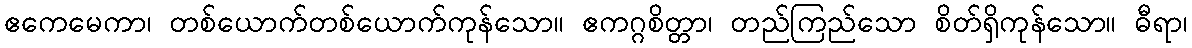
ဧကေမေကာ၊ တစ်ယောက်တစ်ယောက်ကုန်သော။ ဧကဂ္ဂစိတ္တာ၊ တည်ကြည်သော စိတ်ရှိကုန်သော။ ဓီရာ၊